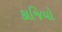
કાજિયો